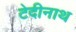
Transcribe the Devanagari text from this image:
टेदीनाथ